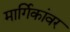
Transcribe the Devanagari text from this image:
मार्गिकांवर